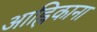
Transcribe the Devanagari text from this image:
आह्निकाना